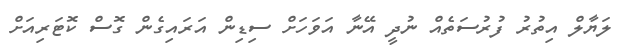
ލަޔާލް އިތުރު ފުރުސަތެއް ނުދީ އޭނާ އަވަހަށް ސިޑިން އަރައިގެން ގޮސް ކޮޓަރިއަށް